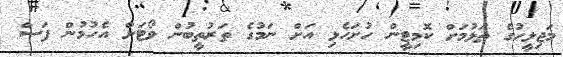
މަޖިލީހުގެ ތަޅުމަށް ކޮމިޓީން ހުށަހެޅި އަށް ނަމުގެ ތަރުތީބުން ވޯޓަށް އެހުމުން ފަސް